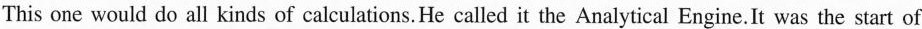
This one would do all kinds of calculations. He called it the Analytical Engine. It was the start of